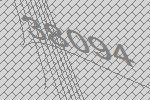
38094